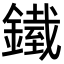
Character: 𨬿